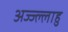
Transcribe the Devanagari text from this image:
अज्ज्ल्लाहु